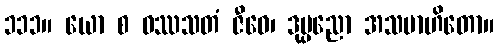
၁၁၁။ ယော စ ဝဿသတံ ဇီဝေ၊ ဒုပ္ပညော အသမာဟိတော။